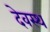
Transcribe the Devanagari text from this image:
देवस्थ